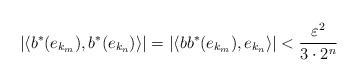
LaTeX: \begin{align*} |\langle b^*(e_{k_m}),b^*(e_{k_n})\rangle|=|\langle bb^*(e_{k_m}),e_{k_n}\rangle|<\frac{\varepsilon^2}{3\cdot 2^n}\end{align*}